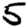
Digit: 5